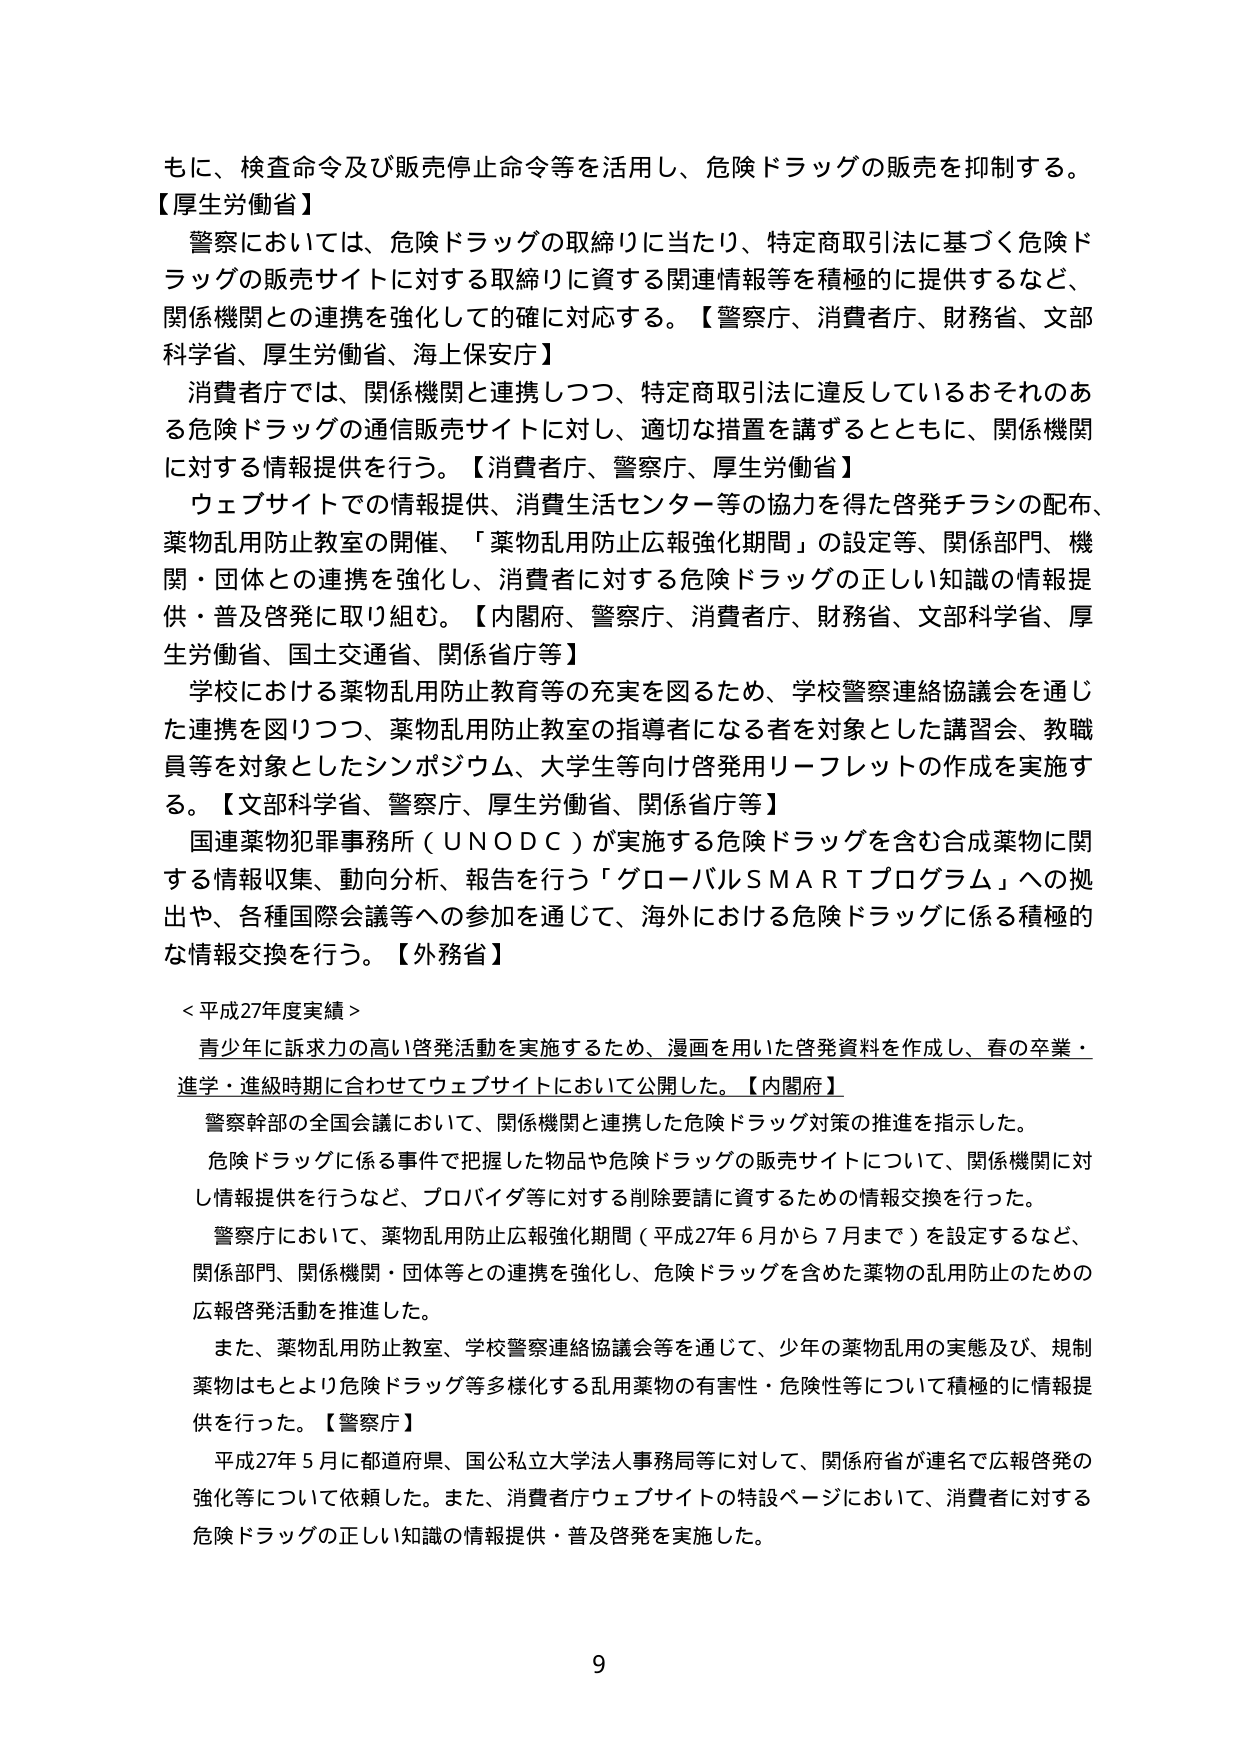
もに、検査命令及び販売停止命令等を活用し、危険ドラッグの販売を抑制する。

【厚生労働省】
警察においては、危険ドラッグの取締りに当たり、特定商取引法に基づく危険ドラッグの販売サイトに対する取締りに資する関連情報等を積極的に提供するなど、関係機関との連携を強化して的確に対応する。【警察庁、消費者庁、財務省、文部科学省、厚生労働省、海上保安庁】

消費者庁では、関係機関と連携しつつ、特定商取引法に違反しているおそれのある危険ドラッグの通信販売サイトに対し、適切な措置を講ずるとともに、関係機関に対する情報提供を行う。【消費者庁、警察庁、厚生労働省】

ウェブサイトでの情報提供、消費生活センター等の協力を得た啓発チラシの配布、薬物乱用防止教室の開催、「薬物乱用防止広報強化期間」の設定等、関係部門、機関・団体との連携を強化し、消費者に対する危険ドラッグの正しい知識の情報提供・普及啓発に取り組む。【内閣府、警察庁、消費者庁、財務省、文部科学省、厚生労働省、国土交通省、関係省庁等】

学校における薬物乱用防止教育等の充実を図るため、学校警察連絡協議会を通じた連携を図りつつ、薬物乱用防止教室の指導者になる者を対象とした講習会、教職員等を対象としたシンポジウム、大学生等向け啓発用リーフレットの作成を実施する。【文部科学省、警察庁、厚生労働省、関係省庁等】

国連薬物犯罪事務所（ＵＮＯＤＣ）が実施する危険ドラッグを含む合成薬物に関する情報収集、動向分析、報告を行う「グローバルＳＭＡＲＴプログラム」への拠出や、各種国際会議等への参加を通じて、海外における危険ドラッグに係る積極的な情報交換を行う。【外務省】

＜平成27年度実績＞
青少年に訴求力の高い啓発活動を実施するため、漫画を用いた啓発資料を作成し、春の卒業・進学・進級時期に合わせてウェブサイトにおいて公開した。【内閣府】

警察幹部の全国会議において、関係機関と連携した危険ドラッグ対策の推進を指示した。
危険ドラッグに係る事件で把握した物品や危険ドラッグの販売サイトについて、関係機関に対し情報提供を行うなど、プロバイダ等に対する削除要請に資するための情報交換を行った。
警察庁において、薬物乱用防止広報強化期間（平成27年6月から7月まで）を設定するなど、関係部門、関係機関・団体等との連携を強化し、危険ドラッグを含めた薬物の乱用防止のための広報啓発活動を推進した。
また、薬物乱用防止教室、学校警察連絡協議会等を通じて、少年の薬物乱用の実態及び、規制薬物はもとより危険ドラッグ等多様化する乱用薬物の有害性・危険性等について積極的に情報提供を行った。【警察庁】

平成27年5月に都道府県、国公私立大学法人事務局等に対して、関係府省が連名で広報啓発の強化等について依頼した。また、消費者庁ウェブサイトの特設ページにおいて、消費者に対する危険ドラッグの正しい知識の情報提供・普及啓発を実施した。

9